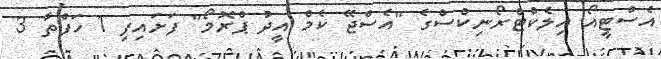
އެސްޓީއޯ އިލެކްޓްރޯނިކްސްގެ "އެސްޖޭ ކެމް އީދު ޕްރޮމޯ" ފަށައިފި 1 ހަފްތާ 3